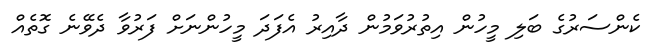
ކެންސަރުގެ ބަލި މީހުން އިތުރުވަމުން ދާއިރު އެފަދަ މީހުންނަށް ފަރުވާ ދެވޭނެ ގޮތެއް